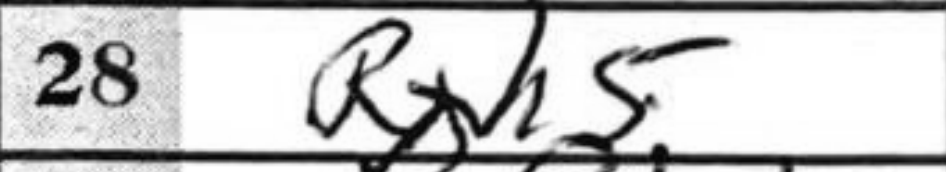
Transcription: Rxh5